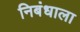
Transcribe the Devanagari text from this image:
निबंधाला